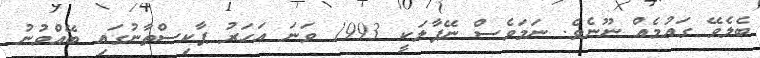
ބެލެވޭ ގައުމެއް ނޫނެވެ. ނަމަވެސް ނޭޕާލަކީ 1993 ވަނަ އަހަރު ޕާކިސްތާނުގައި ބޭއްވުނު